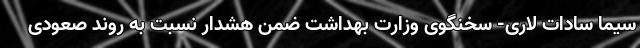
سیما سادات لاری- سخنگوی وزارت بهداشت ضمن هشدار نسبت به روند صعودی